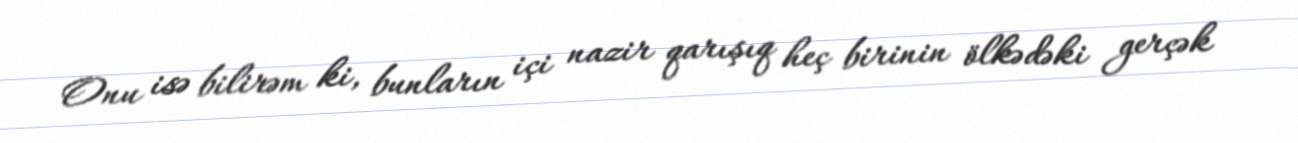
Onu isə bilirəm ki, bunların içi nazir qarışıq heç birinin ölkədəki gerçək